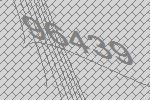
96439